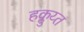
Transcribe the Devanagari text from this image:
हक्लुय्त